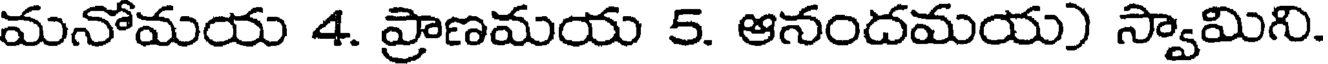
మనోమయ 4. ప్రాణమయ 5. ఆనందమయ) స్వామిని.